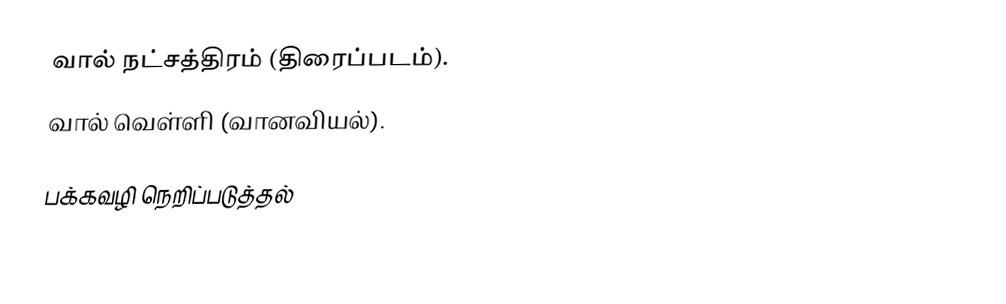
வால் நட்சத்திரம் (திரைப்படம்).
வால் வெள்ளி (வானவியல்).

பக்கவழி நெறிப்படுத்தல்